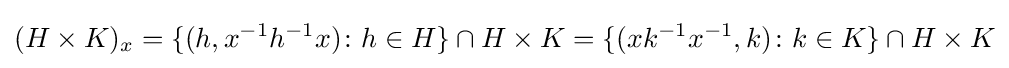
(H\times K)_{x}=\{(h,x^{-1}h^{-1}x)\colon h\in H\}\cap H\times K=\{(xk^{-1}x^{-1},k)\colon k\in K\}\cap H\times K